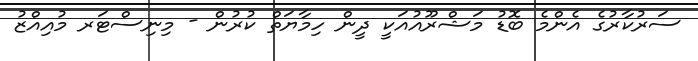
ސަރުކާރުގެ އެންމެ ބޮޑު މަޝްރޫއުއަކީ ދީން ހިމާޔަތް ކުރުން - މިނިސްޓަރ މުއިއްޒު